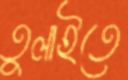
তুলাইতে